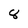
Character: 8